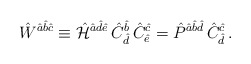
\begin{align*}\hat{W}^{\hat{a}\hat{b}\hat{c}} \equiv \hat{\cal H}^{\hat{a}\hat{d}\hat{e}} \,\hat{C}^{\hat{b}}_{\hat{d}}\,\hat{C}^{\hat{c}}_{\hat{e}} = \hat{P}^{\hat{a}\hat{b}\hat{d}} \,\hat{C}^{\hat{c}}_{\hat{d}}\, . \end{align*}